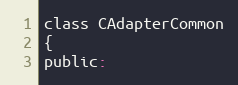
Language: C
class CAdapterCommon
{
public: